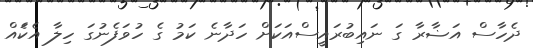
ދެހާސް އަޟާރާ ގަ ނައިބުރައީސްއަކަށް ހަދާނެ ކަމު ގެ ހުވަފެނުގަ ހިލާ އެކަެއް